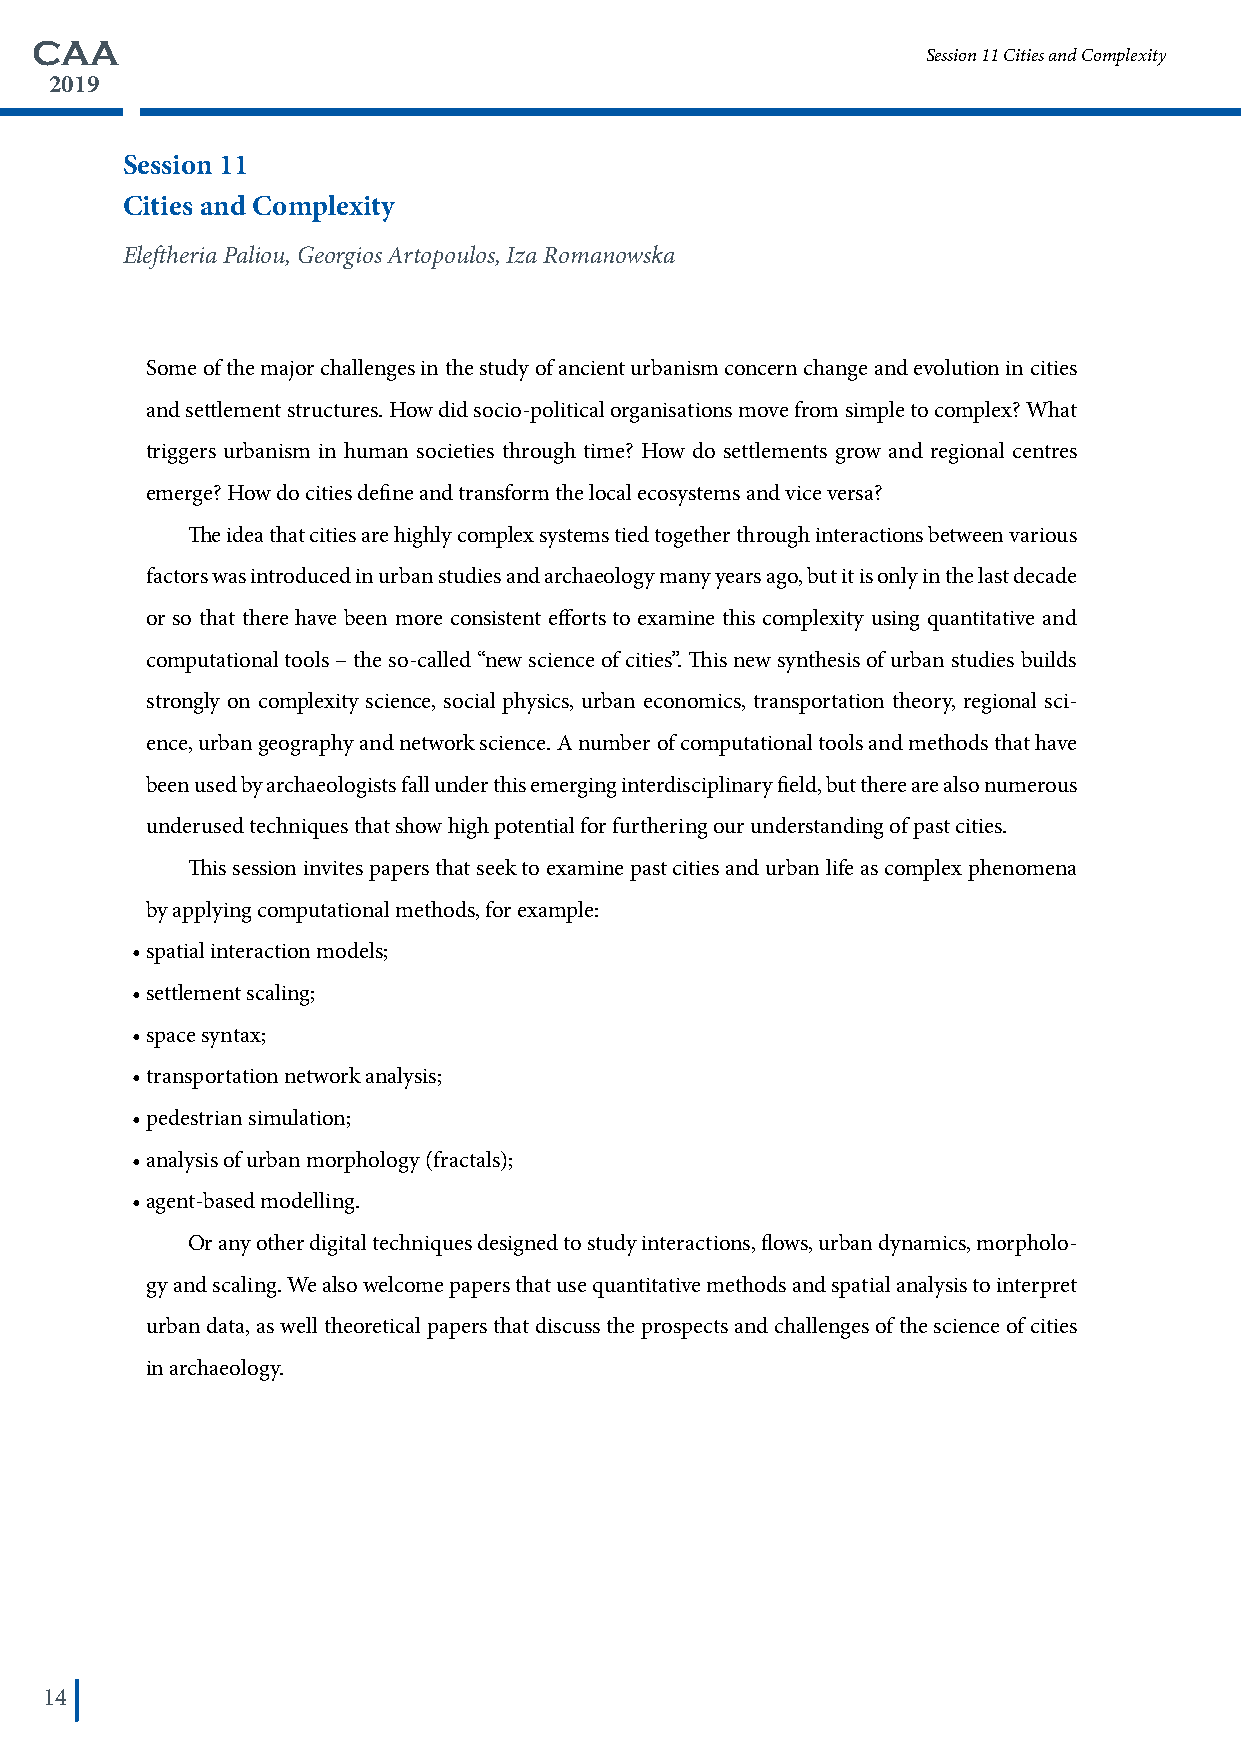
CAA
 Session 11 Cities and Complexity
 2019
 Session 11
 Cities and Complexity
 Eleftheria Paliou, Georgios Artopoulos, Iza Romanowska
 Some of the major challenges in the study of ancient urbanism concern change and evolution in cities
 and settlement structures. How did socio-political organisations move from simple to complex? What
 triggers urbanism in human societies through time? How do settlements grow and regional centres
 emerge? How do cities define and transform the local ecosystems and vice versa?
 The idea that cities are highly complex systems tied together through interactions between various
 factors was introduced in urban studies and archaeology many years ago, but it is only in the last decade
 or so that there have been more consistent efforts to examine this complexity using quantitative and
 computational tools – the so-called “new science of cities”. This new synthesis of urban studies builds
 strongly on complexity science, social physics, urban economics, transportation theory, regional sci-
 ence, urban geography and network science. A number of computational tools and methods that have
 been used by archaeologists fall under this emerging interdisciplinary field, but there are also numerous
 underused techniques that show high potential for furthering our understanding of past cities.
 This session invites papers that seek to examine past cities and urban life as complex phenomena
 by applying computational methods, for example:
 • spatial interaction models;
 • settlement scaling;
 • space syntax;
 • transportation network analysis;
 • pedestrian simulation;
 • analysis of urban morphology (fractals);
 • agent-based modelling.
 Or any other digital techniques designed to study interactions, flows, urban dynamics, morpholo-
 gy and scaling. We also welcome papers that use quantitative methods and spatial analysis to interpret
 urban data, as well theoretical papers that discuss the prospects and challenges of the science of cities
 in archaeology.
 14